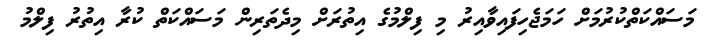
މަސައްކަތްކުރުމަށް ހަމަޖެހިފައިވާއިރު މި ފިލްމުގެ އިތުރަށް މިދެތަރިން މަސައްކަތް ކުރާ އިތުރު ފިލްމު